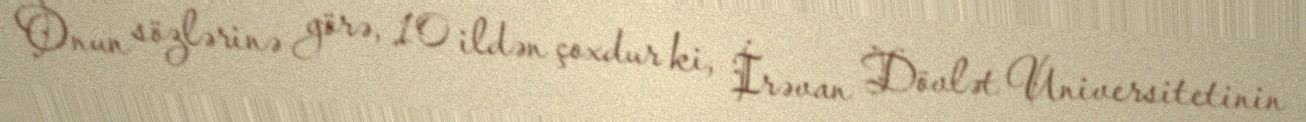
Onun sözlərinə görə, 10 ildən çoxdur ki, İrəvan Dövlət Universitetinin